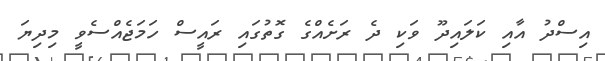
އިސްދު އާއި ކަލައިދޫ ވަކި ދެ ރަށެއްގެ ގޮތުގައި ރައީސް ހަމަޖެއްސެވީ މިދިޔަ